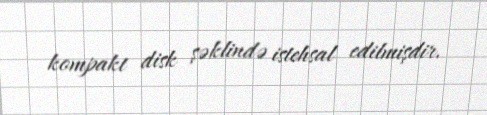
kompakt disk şəklində istehsal edilmişdir.